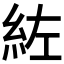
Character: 𮈇